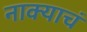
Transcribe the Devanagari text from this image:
नाक्याचं